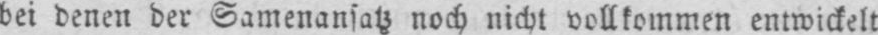
bei denen der Samenansatz noch nicht vollkommen entwickelt